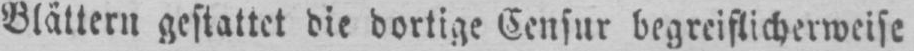
Blättern gestattet die dortige Censur begreiflicherweise